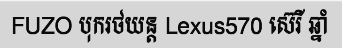
FUZO បុករថយន្ត Lexus570 ស៊េរី ឆ្នាំ